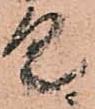
具